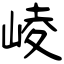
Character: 崚